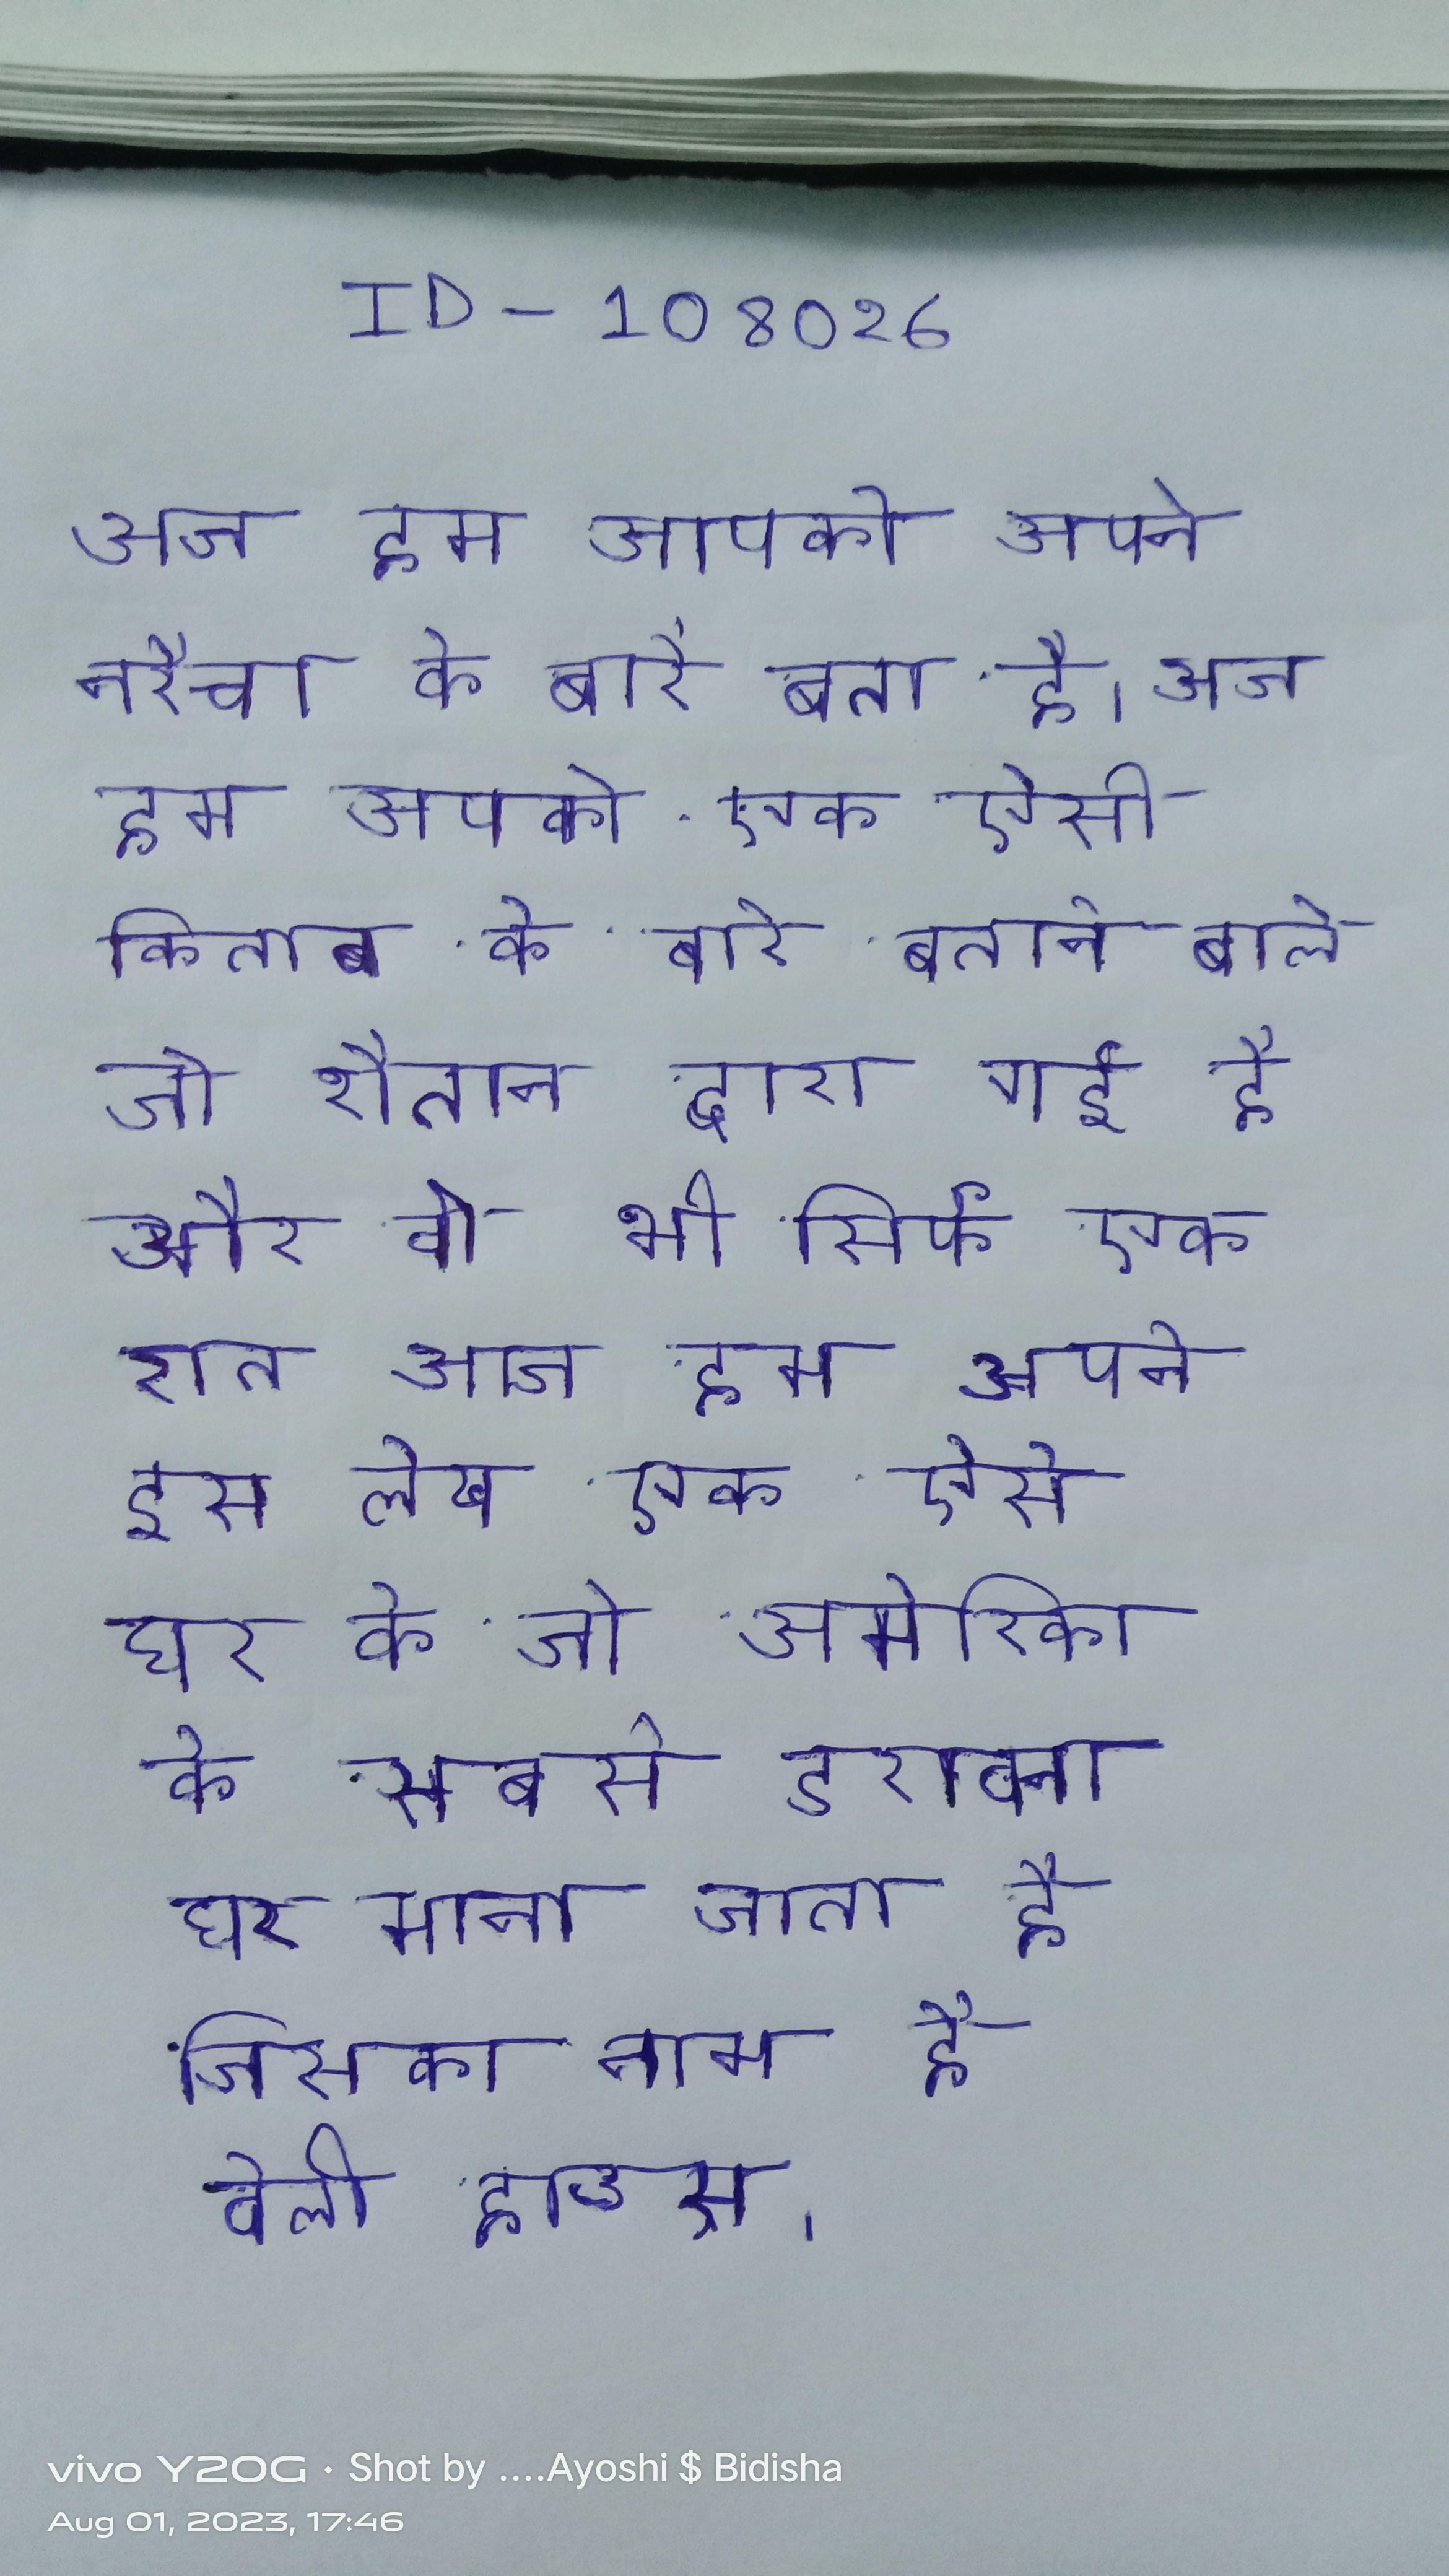
आज हम आपको अपने नरैचा के बारे बता है । आज हम आपको एक ऐसी किताब के बारे बताने वाले जो शैतान द्वारा गई है और वो भी सिर्फ एक रात आज हम अपने इस लेख एक ऐसे घर के जो अमेरिका के सबसे डरावना घर माना जाता है जिसका नाम है वेली हाउस ।